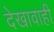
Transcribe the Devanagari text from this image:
देखावाही